Bréfritari: Andrés Fjeldsted
Viðtakandi: Einar Friðgeirsson
Dagsetning: A-1890-05-14
Skrifað á: Hvítárvöllum  Borg.

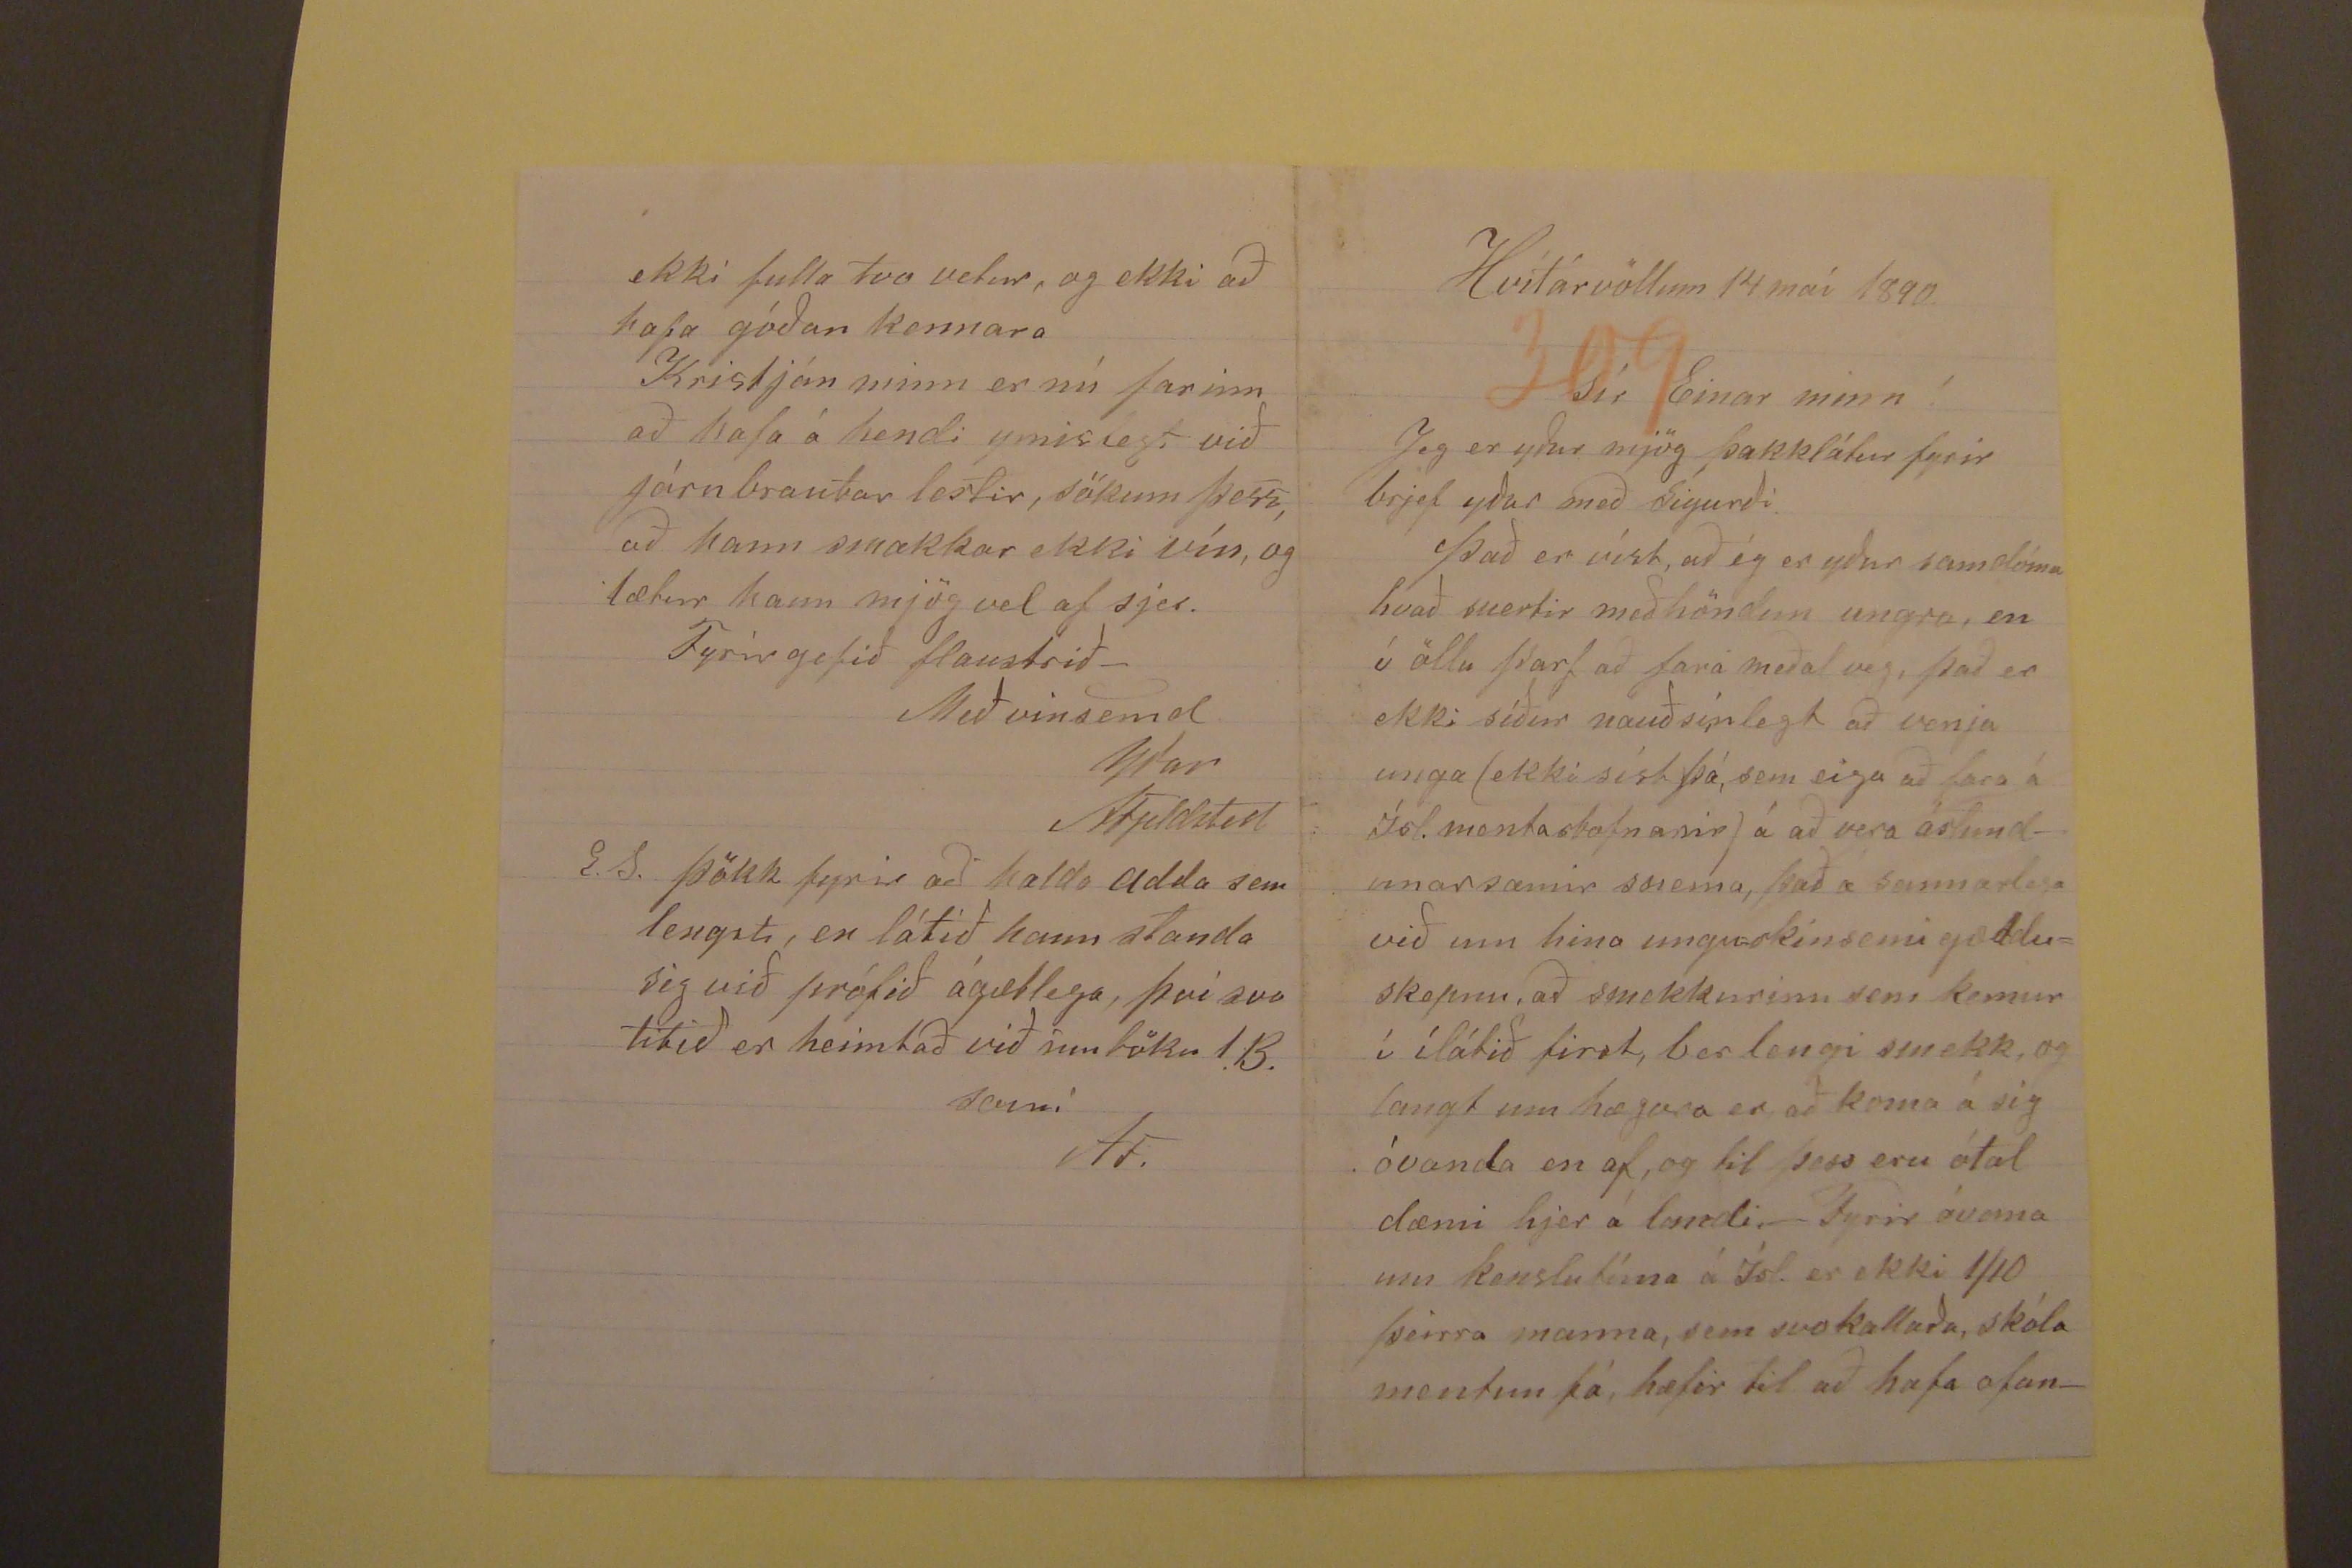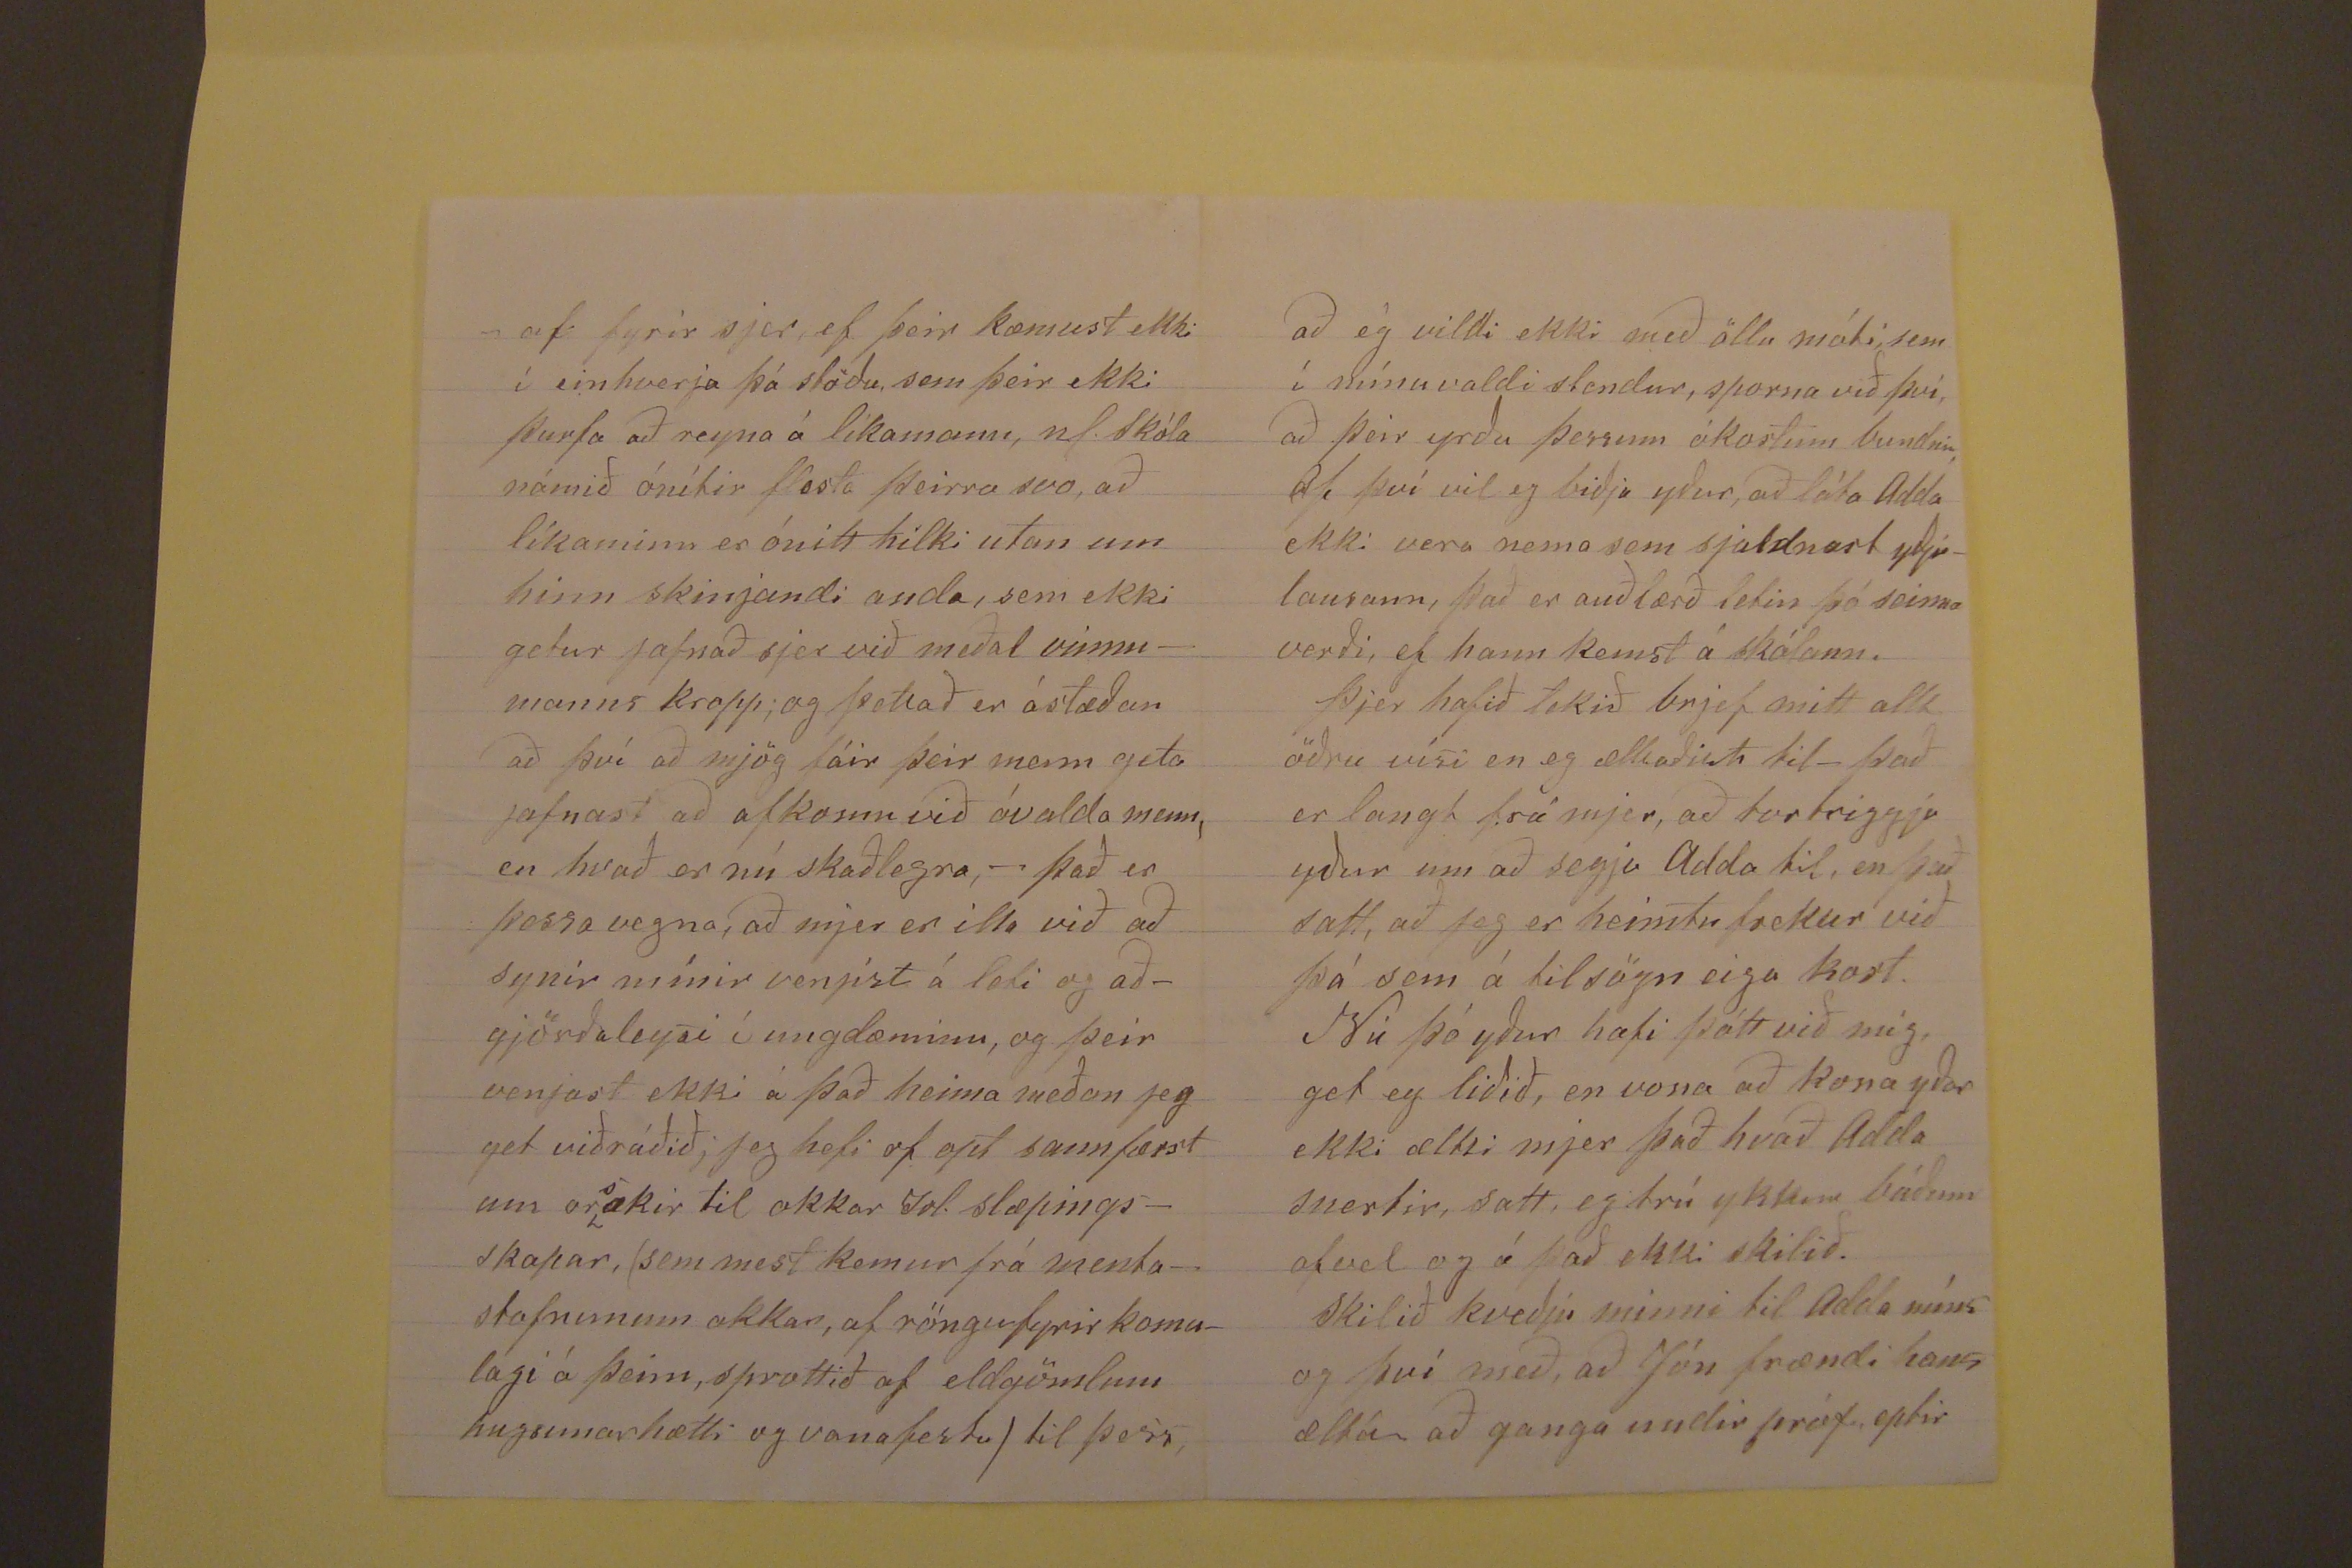

Hvítárvöllum 14 maí 1890.
Sír Einar minn"
Jeg er yður mjög þakklátur fyrir brjef yðar með Sigurði. Það er víst, að ég er yður samdóma hvað snertir meðhöndun ungra, en í öllu þarf að fara meðal veg, það er
ekki síður nauðsínlegt að venja unga (ekki síst þá, sem eiga að fara á Ísl.mentastofnanir) á að vera ástundunarsæmir snemma, það á sannarlega við um hina
ungu=skinsemi gædduskepnu, að smekkurinn sem kemur í ílátið first, ber lengi smekk, og langt um hægara er að koma á sig óvanda en af, og til þess eru ótal dæmi
hjer á landi,- Fyrir óvana um kenslutíma á Ísl. er ekki 1/10 þeirra manna, sem svokallaða, skóla mentun þá, hæfir til að hafa ofan-
-af fyrir sjer, ef þeir kæmust ekki í einhverja þá stöðu, sem þeir ekki þurfa að reyna á líkamann, n.l. skóla námið ónítir flesta þeirra svo, að líkaminn er ónitt hilki
utan um hinn skinjandi anda, sem ekki getur jafnað sjer við meðal vinnumanns kropp; og þettað er ástæðan að því að mjög fáir þeir menn geta jafnast að afkomu við
óvalda menn, en hvað er nú skaðlegra,- það er þessa vegna, að mjer er illa við að synir mínir venjist á leti og aðgjörðaleysi í ungdæminu, og þeir venjast ekki á það
heima meðan jeg get viðráðið; jeg hefi of opt sannfærst um or
s
akir til okkar Isl. slæpingsskapar, (sem mest kemur
frá mentastofnunum okkar, af röngu fyrirkomulagi á þeim, sprottið af eldgömlum hugsunarhætti og vanafestu) til þess,
að ég vildi ekki með öllu móti, sem í mínu valdi stendur, sporna við því, að þeir yrðu þessum ókostum bundnir af því vil eg biðja yður, að láta Adda ekki vera
nema sem sjaldnast yðjulausann, það er auðlærð letin þó seinna verði, ef hann kemst á skólann. Þjer hafið tekið brjef mitt allt öðru vísi en eg ætlaðist til - það er
langt frá mjer, að tortriggja yður um að segja Adda til, en það satt, að jeg er heimtufrekur við þá sem á tilsögn eiga kost. Nú þó yður hafi þótt við mig, get eg liðið,
en vona að kona yðar ekki
æltti
mjer það hvað Adda snertri, satt, eg trúi ykkur báðum ofvel og á það ekki skilið. Skilið kveðju minni til Adda
míns og því með, að Jón frændi hans æltar að ganga undir próf eptir
ekki fulla tvo vetur, og ekki að hafa góðan kennara Kristján minn ernú farinn að hafa á hendi ymislegt við járnbrautar lestir, sökum þess, að hann smakkar ekki
vín, og lætur hann mjög vel af sjer.
Fyrirgefið flaustrið-
Með vinsemd
yðar
AFjeldsted
E.S. Þökk fyrir að halda Adda sem lengst, en látið hann standa sig við prófið ágætlega, því svo litið er heimtað við inntöku 1. B.
sami
AF.